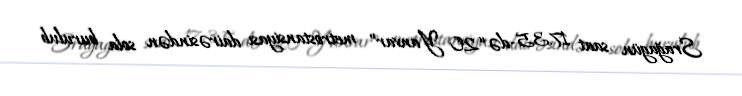
Srağagün saat 17.35-də “20 Yanvar” metrostansiyası dairəsindən sola burulub